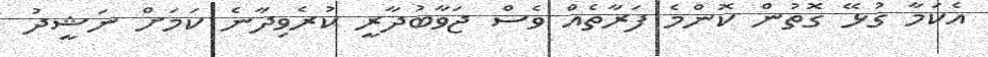
އެކަމާ ގުޅޭ ގޮތުން ކޮންމެ ފަރާތެއް ވެސް ޖަވާބުދާރީ ކުރެވިދާނެ ކަމަށް ނަޝީދު